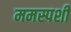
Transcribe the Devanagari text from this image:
ममस्पर्शी